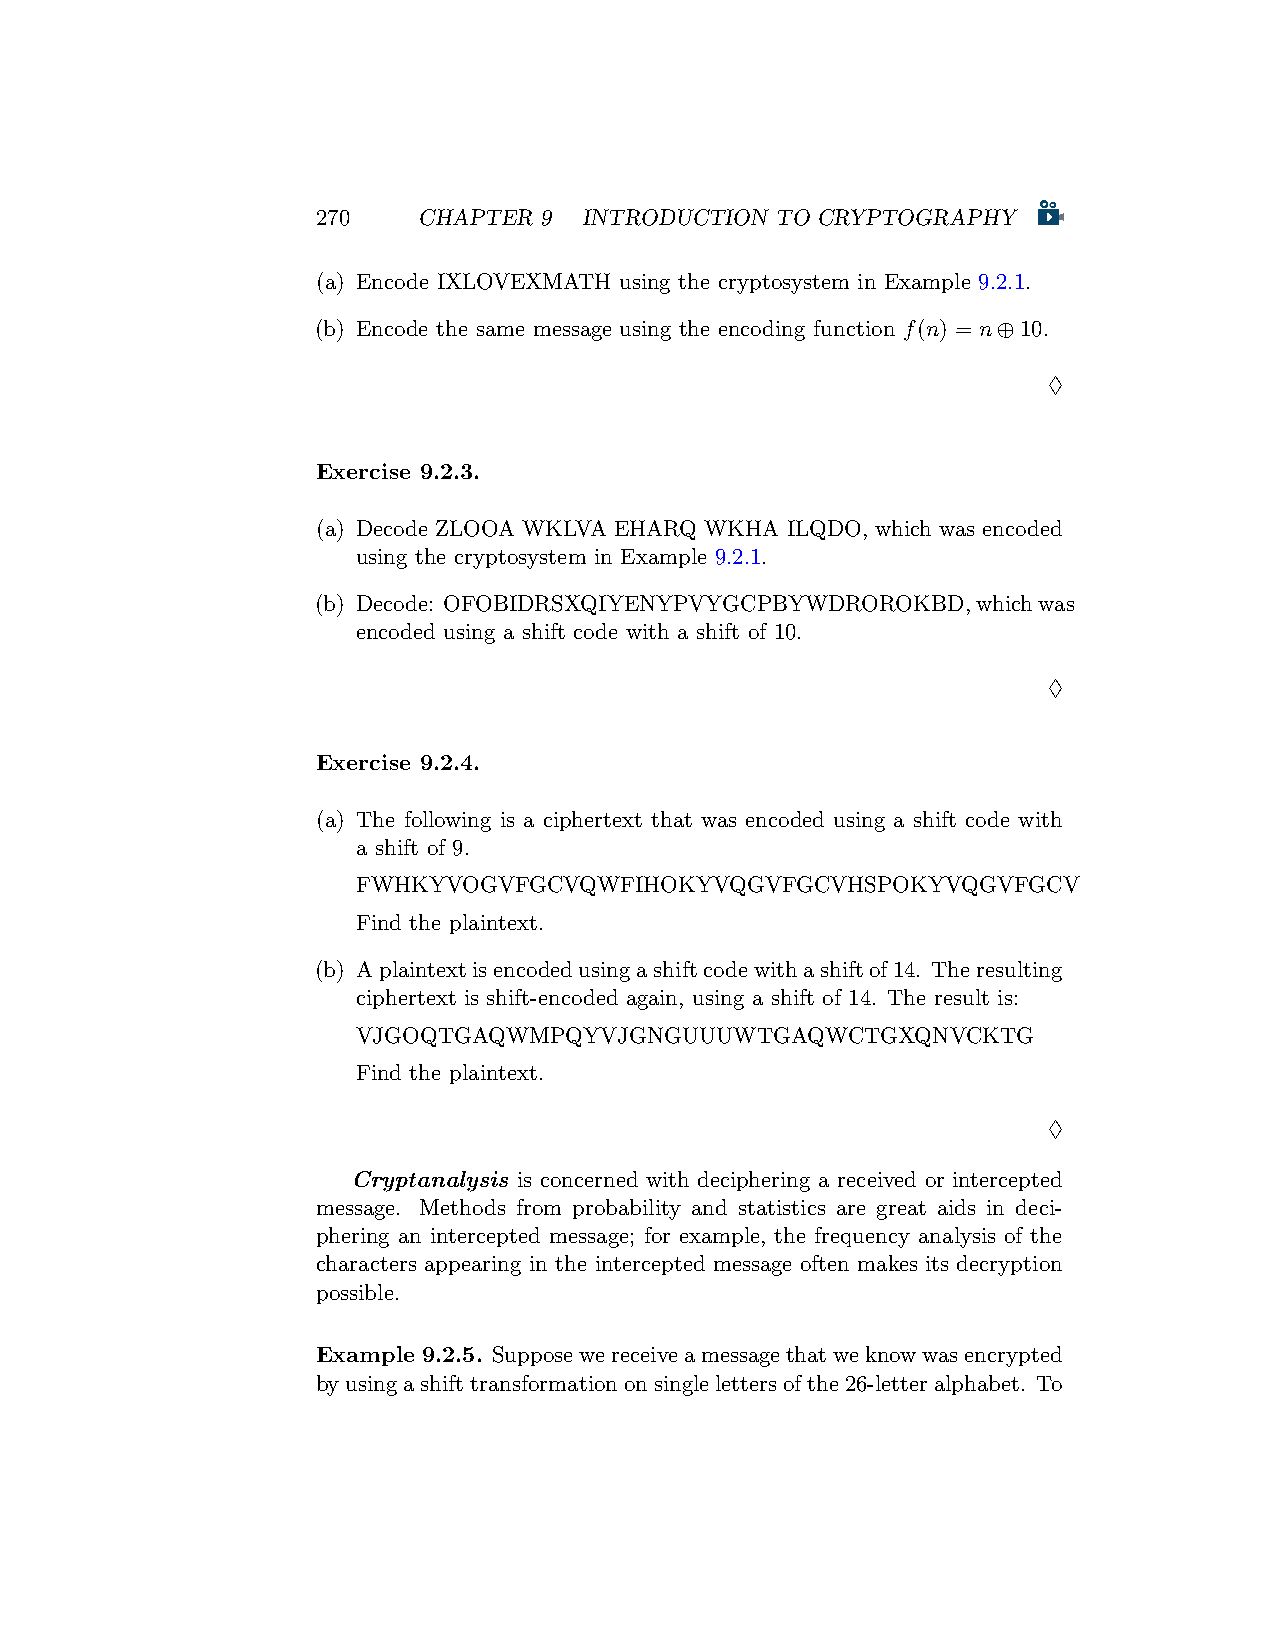
270    CHAPTER 9  INTRODUCTION TO CRYPTOGRAPHY
 (a) Encode IXLOVEXMATH using the cryptosystem in Example 9.2.1.
 (b) Encode the same message using the encoding function f(n) = n⊕10.
 ♢
 Exercise 9.2.3.
 (a) Decode ZLOOA WKLVA EHARQ WKHA ILQDO, which was encoded
 using the cryptosystem in Example 9.2.1.
 (b) Decode: OFOBIDRSXQIYENYPVYGCPBYWDROROKBD,whichwas
 encoded using a shift code with a shift of 10.
 ♢
 Exercise 9.2.4.
 (a) The following is a ciphertext that was encoded using a shift code with
 a shift of 9.
 FWHKYVOGVFGCVQWFIHOKYVQGVFGCVHSPOKYVQGVFGCV
 Find the plaintext.
 (b) Aplaintextisencodedusingashiftcodewithashiftof14. Theresulting
 ciphertext is shift-encoded again, using a shift of 14. The result is:
 VJGOQTGAQWMPQYVJGNGUUUWTGAQWCTGXQNVCKTG
 Find the plaintext.
 ♢
 Cryptanalysis is concerned with deciphering a received or intercepted
 message. Methods from probability and statistics are great aids in deci-
 phering an intercepted message; for example, the frequency analysis of the
 characters appearing in the intercepted message often makes its decryption
 possible.
 Example 9.2.5. Supposewereceiveamessagethatweknowwasencrypted
 byusingashifttransformationonsinglelettersofthe26-letteralphabet. To